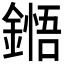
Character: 𮢬